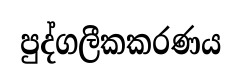
පුද්ගලීකකරණය